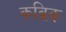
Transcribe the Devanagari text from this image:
कब्रिक